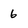
Character: 6